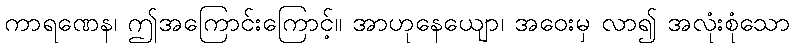
ကာရဏေန၊ ဤအကြောင်းကြောင့်။ အာဟုနေယျော၊ အဝေးမှ လာ၍ အလုံးစုံသော